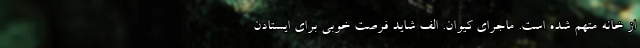
از خانه متهم شده است. ماجرای کیوان. الف شاید فرصت خوبی برای ایستادن